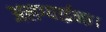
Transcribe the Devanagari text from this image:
अलग्याईन्छ।